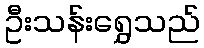
ဦးသန်းရွှေသည်